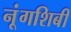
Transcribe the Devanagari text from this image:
नूंगशिबी